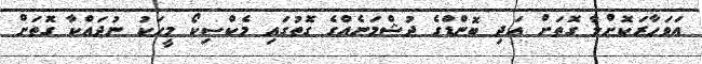
އަވަހާރަކޮށްލާ ގޮތަށް އަދި ބޮންޑްގެ ދުޝްމަނެއްގެ ގޮތުގައި މެކްސިކޯ މީހަކު ނުދައްކާ ގޮތަށް